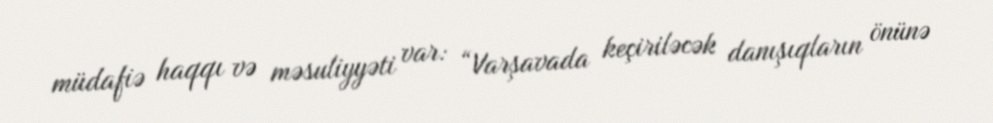
müdafiə haqqı və məsuliyyəti var: “Varşavada keçiriləcək danışıqların önünə